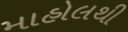
માહોલથી